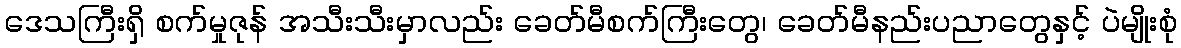
ဒေသကြီးရှိ စက်မှုဇုန် အသီးသီးမှာလည်း ခေတ်မီစက်ကြီးတွေ၊ ခေတ်မီနည်းပညာတွေနှင့် ပဲမျိုးစုံ